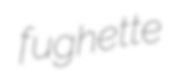
fughette